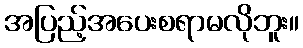
အပြည့်အပေးစရာမလိုဘူး။